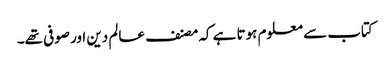
کتاب سے معلوم ہوتا ہے کہ مصنف عالم دین اور صوفی تھے۔